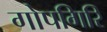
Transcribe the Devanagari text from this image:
गोपगिरि